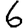
Digit: 6